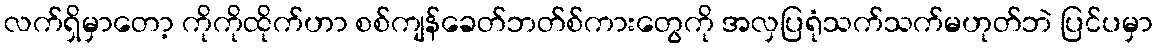
လက်ရှိမှာတော့ ကိုကိုထိုက်ဟာ စစ်ကျန်ခေတ်ဘတ်စ်ကားတွေကို အလှပြရုံသက်သက်မဟုတ်ဘဲ ပြင်ပမှာ